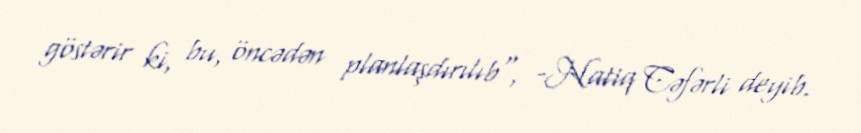
göstərir ki, bu, öncədən planlaşdırılıb", -Natiq Cəfərli deyib.